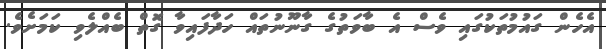
އެހެން ގައުމުތަކުގައި ވެސް އެ ބާވަތުގެ ގާނޫނުތައް ހަދާފައިވާ ގޮތް ބެއްލެވި ކަމަށެވެ.